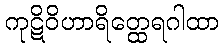
ကုဋိဝိဟာရိတ္ထေရဂါထာ